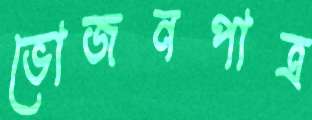
ভোজনপাত্র